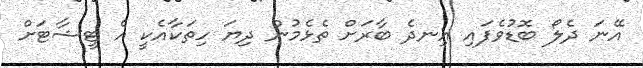
އޭނަ ދެލޯ ބޮޑުވެފައި އިނދެ ބާރަށް ތެޅެމުން ދިޔަ ހިތަކާއެކީ އެ ޓީޝާޓަށް